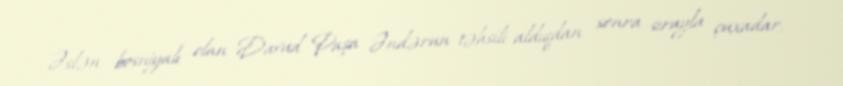
Əslən bosniyalı olan Davud Paşa Əndərun təhsili aldıqdan sonra sırayla çuxadar,